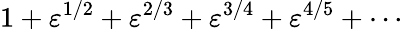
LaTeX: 1+\varepsilon^{1/2}+\varepsilon^{2/3}+\varepsilon^{3/4}+\varepsilon^{4/5}+\cdots